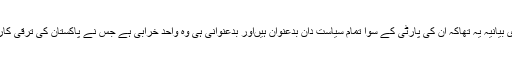
عمران خان کا مرکزی بیانیہ یہ تھاکہ اُن کی پارٹی کے سوا تمام سیاست دان بدعنوان ہیںاور بدعنوانی ہی وہ واحد خرابی ہے جس نے پاکستان کی ترقی کاراستہ روک رکھا ہے۔